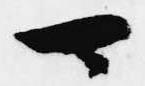
可